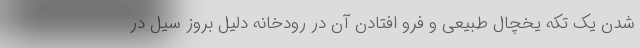
شدن یک تکه یخچال طبیعی و فرو افتادن آن در رودخانه دلیل بروز سیل در